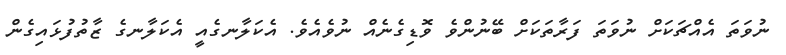
ނުވަތަ އެއްޗަކަށް ނުވަތަ ފަރާތަކަށް ބޭނުންވެ ވޮޑިގެނެއް ނުވެއެވެ. އެކަލާނގެއީ އެކަލާނގެ ޒާތުފުޅައިގެން